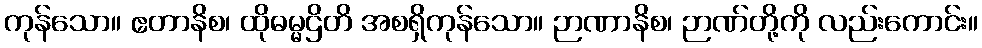
ကုန်သော။ ဧတာနိစ၊ ထိုဓမ္မဌိတိ အစရှိကုန်သော။ ဉာဏာနိစ၊ ဉာဏ်တို့ကို လည်းကောင်း။